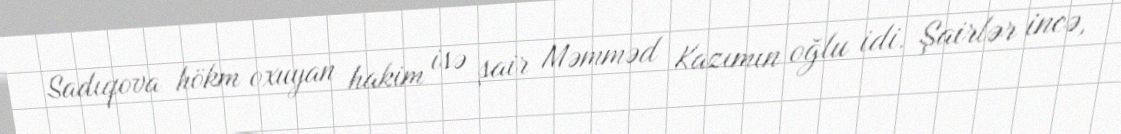
Sadıqova hökm oxuyan hakim isə şair Məmməd Kazımın oğlu idi. Şairlər incə,